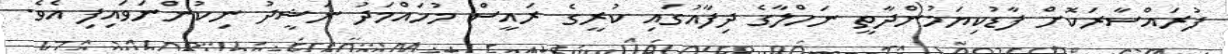
ފުރައްސާރަކޮށް ފާޑުކިޔަމުންދާތީ ނަހްލާގެ ދިފާއުގައި ކުރީގެ ރައީސް މުހައްމަދު ނަޝީދު ނިކުންނަވައިފި އެވެ.